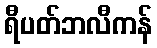
ရီပတ်ဘလီကန်